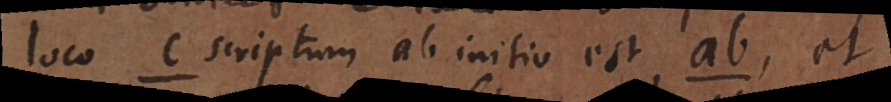
loco c scriptum ab initio est ab, et